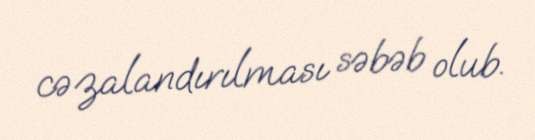
cəzalandırılması səbəb olub.